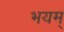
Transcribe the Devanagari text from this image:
भयम्